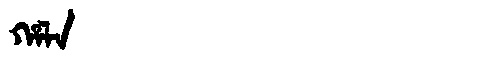
Manchu: ᡥᠠᠯᠠ
Romanization: HALA